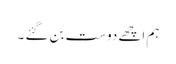
ہم اچھے دوست بن گئے ۔